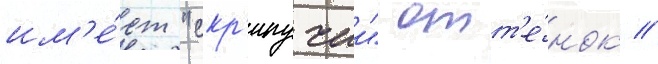
им'е́ет "скр'ипучии" отт'е́нок //